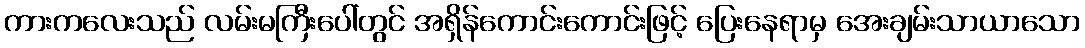
ကားကလေးသည် လမ်းမကြီးပေါ်တွင် အရှိန်ကောင်းကောင်းဖြင့် ပြေးနေရာမှ အေးချမ်းသာယာသော